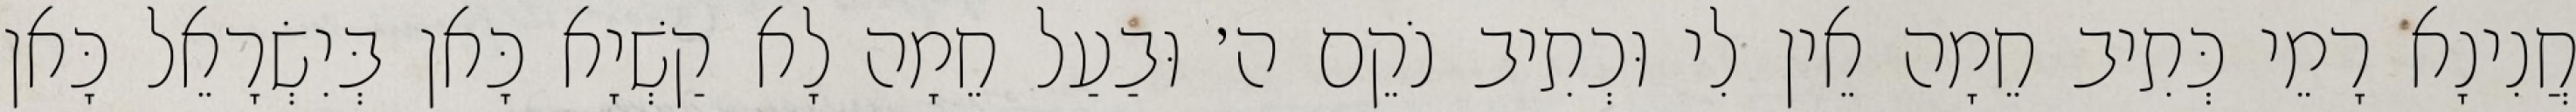
חֲנִינָא רָמֵי כְּתִיב חֵמָה אֵין לִי וּכְתִיב נֹקֵם ה׳ וּבַעַל חֵמָה לָא קַשְׁיָא כָּאן בְּיִשְׂרָאֵל כָּאן